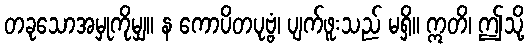
တခုသောအမှုကိုမျှ။ န ကောပိတပုဗ္ဗံ၊ ပျက်ဖူးသည် မရှိ။ ဣတိ၊ ဤသို့